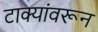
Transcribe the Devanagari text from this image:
टाक्यांवरून